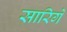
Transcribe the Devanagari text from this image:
सारिगे